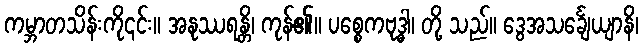
ကမ္ဘာတသိန်းကို၎င်း။ အနုဿရန္တိ၊ ကုန်၏။ ပစ္စေကဗုဒ္ဓါ၊ တို့ သည်။ ဒွေအသင်္ချေယျာနိ၊